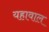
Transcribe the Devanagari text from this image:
यहावाल